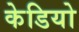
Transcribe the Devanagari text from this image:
केडियो